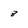
Character: 8